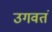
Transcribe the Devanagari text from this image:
उगवतं